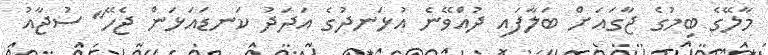
މާލޭގެ ބިމުގެ ޖާގައަށް ބަލާފައި ދުއްވޭނެ އުޅަނދުގެ އަދަދު ކަނޑައަޅަން ޖެހޭ" ސުޖާއު